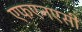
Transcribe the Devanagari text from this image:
एफएनएसी